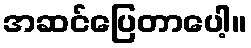
အဆင်ပြေတာပေါ့။